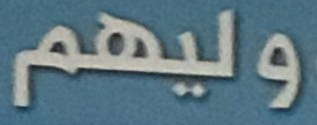
وليهم